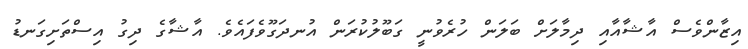
އިޒާންވެސް އާޝާއާއި ދިމާލަށް ބަލަން ހުރެވުނީ ގަބޫލުކުރަން އުނދަގޫވެފައެވެ. އާޝާގެ ދިގު އިސްތަށިގަނޑު